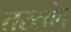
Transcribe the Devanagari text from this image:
तरसोद